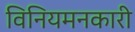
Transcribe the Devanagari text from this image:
विनियमनकारी